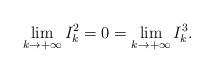
LaTeX: \begin{align*}\lim _{k \rightarrow+\infty} I_{k}^{2}=0=\lim _{k \rightarrow+\infty} I_{k}^{3}. \end{align*}